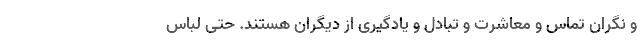
و نگرانِ تماس و معاشرت و تبادل و یادگیری از دیگران هستند. حتی لباس